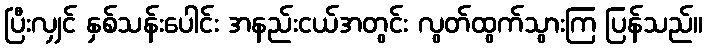
ပြီးလျှင် နှစ်သန်းပေါင်း အနည်းငယ်အတွင်း လွတ်ထွက်သွားကြ ပြန်သည်။